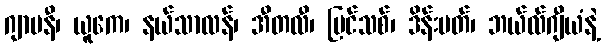
ဂျာမနီ၊ ယူကေ၊ နယ်သာလန်၊ အီတလီ၊ ပြင်သစ်၊ ဒိန်းမတ်၊ ဘယ်လ်ဂျီယံနဲ့